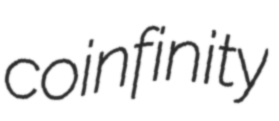
coinfinity